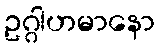
ဥဂ္ဂါဟမာနော